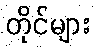
တိုင်များ